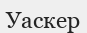
Уаскер